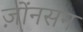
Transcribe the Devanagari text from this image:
ज़ोंनसन